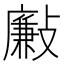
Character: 𣀃